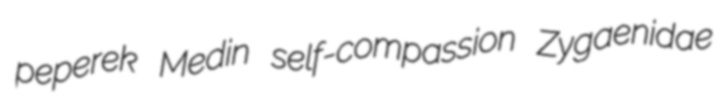
peperek Medin self-compassion Zygaenidae